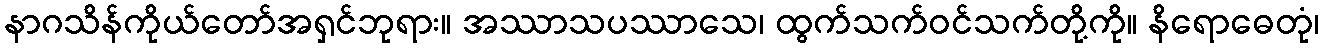
နာဂသိန်ကိုယ်တော်အရှင်ဘုရား။ အဿာသပဿာသေ၊ ထွက်သက်ဝင်သက်တို့ကို။ နိရောဓေတုံ၊